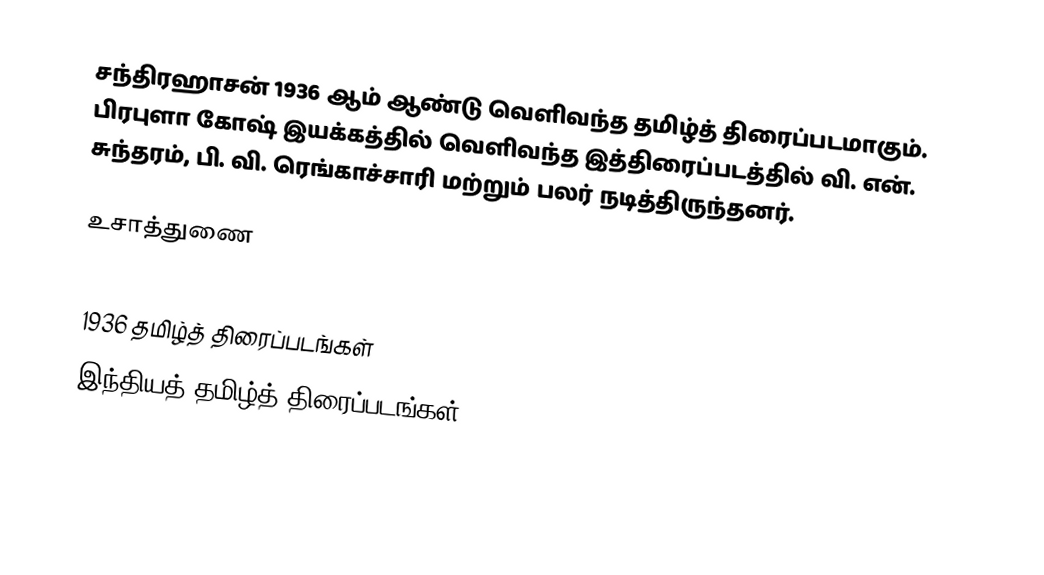
சந்திரஹாசன் 1936 ஆம் ஆண்டு வெளிவந்த தமிழ்த் திரைப்படமாகும். பிரபுளா கோஷ் இயக்கத்தில் வெளிவந்த இத்திரைப்படத்தில் வி. என். சுந்தரம், பி. வி. ரெங்காச்சாரி மற்றும் பலர் நடித்திருந்தனர்.

உசாத்துணை

1936 தமிழ்த் திரைப்படங்கள்
இந்தியத் தமிழ்த் திரைப்படங்கள்